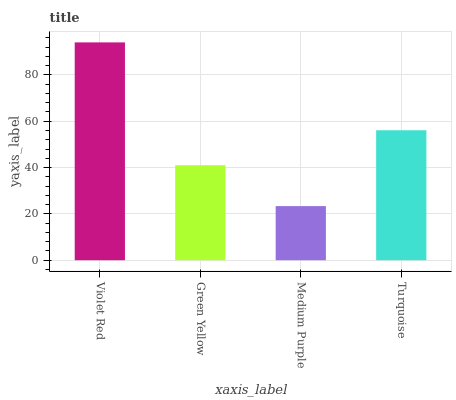
| xaxis_label | bars |
 | --- | --- |
 | Violet Red | 94 |
 | Green Yellow | 41 |
 | Medium Purple | 23.4 |
 | Turquoise | 56.1 |